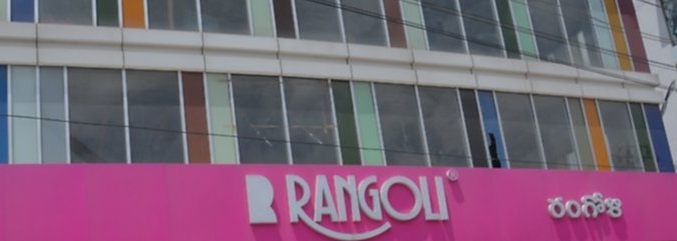
Language: telugu
Transcription: రంగోళి